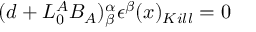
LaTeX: ( d + L _ { 0 } ^ { A } B _ { A } ) _ { \beta } ^ { \alpha } \epsilon ^ { \beta } ( x ) _ { K i l l } = 0